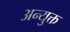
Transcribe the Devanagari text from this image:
अन्युक्त